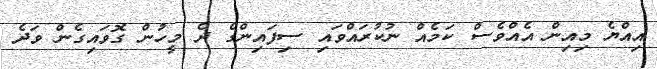
އިއްޔެ މިއިން އެއްވެސް ކަމެއް ނުކުރައްވައި ސިފައިންގެ ދެ މީހުން ގޮވައިގެން ވަދެ